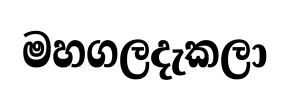
මහගලදැකලා